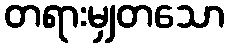
တရားမျှတသော